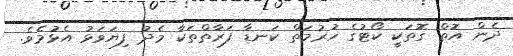
ދެން އޮތް ގޮތަކީ ކޯޓުގެ ހުރުމަތް ކަނޑާ ފަރާތްތަކާ މެދު ފިޔަވަޅު އެޅުމެވެ.